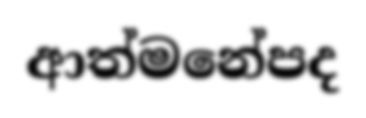
ආත්මනේපද